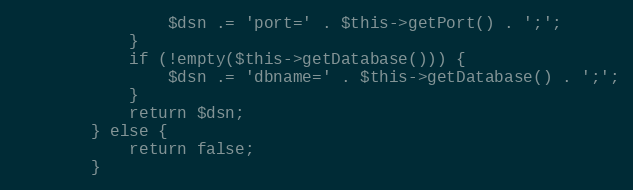
Language: PHP
                $dsn .= 'port=' . $this->getPort() . ';';
            }
            if (!empty($this->getDatabase())) {
                $dsn .= 'dbname=' . $this->getDatabase() . ';';
            }
            return $dsn;
        } else {
            return false;
        }